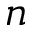
n